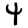
Digit: 4